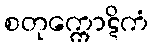
စတုက္ကောဋိကံ